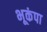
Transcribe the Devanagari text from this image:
भूकंपा